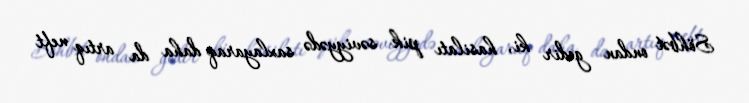
Söhbət ondan gedir ki, hasilatı pik səviyyədə saxlayaraq daha da artıq neft